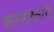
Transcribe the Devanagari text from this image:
खलनायकांची